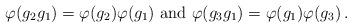
LaTeX: \begin{align*} \varphi (g_2 g_1) = \varphi (g_2) \varphi (g_1) \mbox{ and } \varphi (g_3 g_1) = \varphi (g_1) \varphi (g_3) \,.\end{align*}